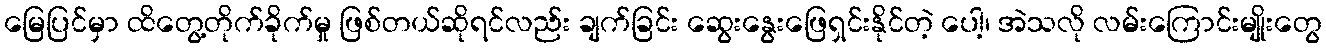
မြေပြင်မှာ ထိတွေ့တိုက်ခိုက်မှု ဖြစ်တယ်ဆိုရင်လည်း ချက်ခြင်း ဆွေးနွေးဖြေရှင်းနိုင်တဲ့ ပေါ့၊ အဲသလို လမ်းကြောင်းမျိုးတွေ